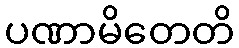
ပဏာမိတေတိ